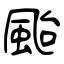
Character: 颱